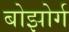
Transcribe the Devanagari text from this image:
बोझोर्ग